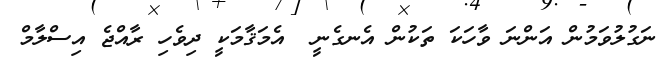
ނަގުލުވަމުން އަންނަ ވާހަކަ ތަކުން އެނގެނީ  އެމަޤާމަކީ ދިވެހި ރާއްޖެ އިސްލާމް